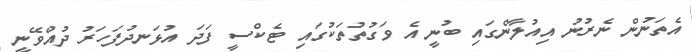
އެތަނުން ނެރުނު އިއުލާންގައި ބުނީ އެ ވަގުތުތަކުގައި ޓެކްސީ ފަދަ އުޅަނދުފަހަރު ދުއްވޭނީ